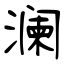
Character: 澜